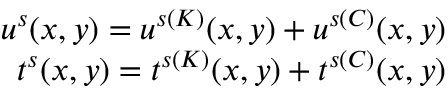
\begin{array} { r } { \boldsymbol { u } ^ { s } ( \boldsymbol { x } , \boldsymbol { y } ) = \boldsymbol { u } ^ { s ( K ) } ( \boldsymbol { x } , \boldsymbol { y } ) + \boldsymbol { u } ^ { s ( C ) } ( \boldsymbol { x } , \boldsymbol { y } ) } \\ { \boldsymbol { t } ^ { s } ( \boldsymbol { x } , \boldsymbol { y } ) = \boldsymbol { t } ^ { s ( K ) } ( \boldsymbol { x } , \boldsymbol { y } ) + \boldsymbol { t } ^ { s ( C ) } ( \boldsymbol { x } , \boldsymbol { y } ) } \end{array}